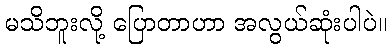
မသိဘူးလို့ ပြောတာဟာ အလွယ်ဆုံးပါပဲ။